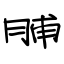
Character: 脯